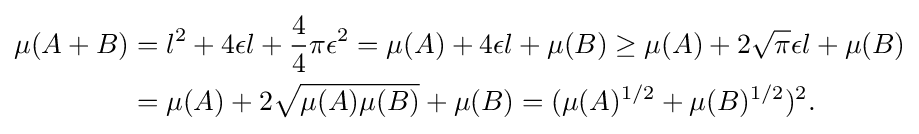
{\begin{aligned}\mu (A+B)&=l^{2}+4\epsilon l+{\frac {4}{4}}\pi \epsilon ^{2}=\mu (A)+4\epsilon l+\mu (B)\geq \mu (A)+2{\sqrt {\pi }}\epsilon l+\mu (B)\\&=\mu (A)+2{\sqrt {\mu (A)\mu (B)}}+\mu (B)=(\mu (A)^{1/2}+\mu (B)^{1/2})^{2}.\end{aligned}}